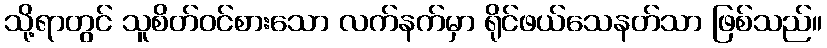
သို့ရာတွင် သူစိတ်ဝင်စားသော လက်နက်မှာ ရိုင်ဖယ်သေနတ်သာ ဖြစ်သည်။